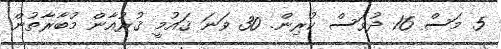
5 މަސް 16 ދުވަސް ކުރިން. 30 ވަނަ ޤައުމީ ޤުރުއާން މުބާރާތުން